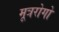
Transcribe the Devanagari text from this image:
मूत्ररोगो